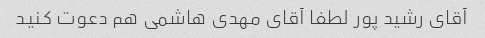
آقای رشید پور لطفا آقای مهدی هاشمی هم دعوت کنید